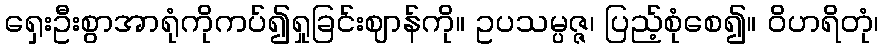
ရှေးဦးစွာအာရုံကိုကပ်၍ရှုခြင်းဈာန်ကို။ ဥပသမ္ပဇ္ဇ၊ ပြည့်စုံစေ၍။ ဝိဟရိတုံ၊